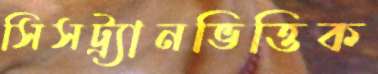
সিসট্র্যানভিত্তিক